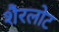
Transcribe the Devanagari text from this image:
शैरलोट